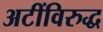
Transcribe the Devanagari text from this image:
अटींविरुद्ध